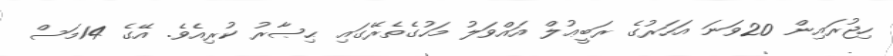
ހިޖުރައިން 20ވަނަ އަހަރުގެ ރަބީޢުލް އައްވަލު މަހުގެތެރޭގައި ޙިޞާރު ކުރިއެވެ. އޭގެ 14މަސް